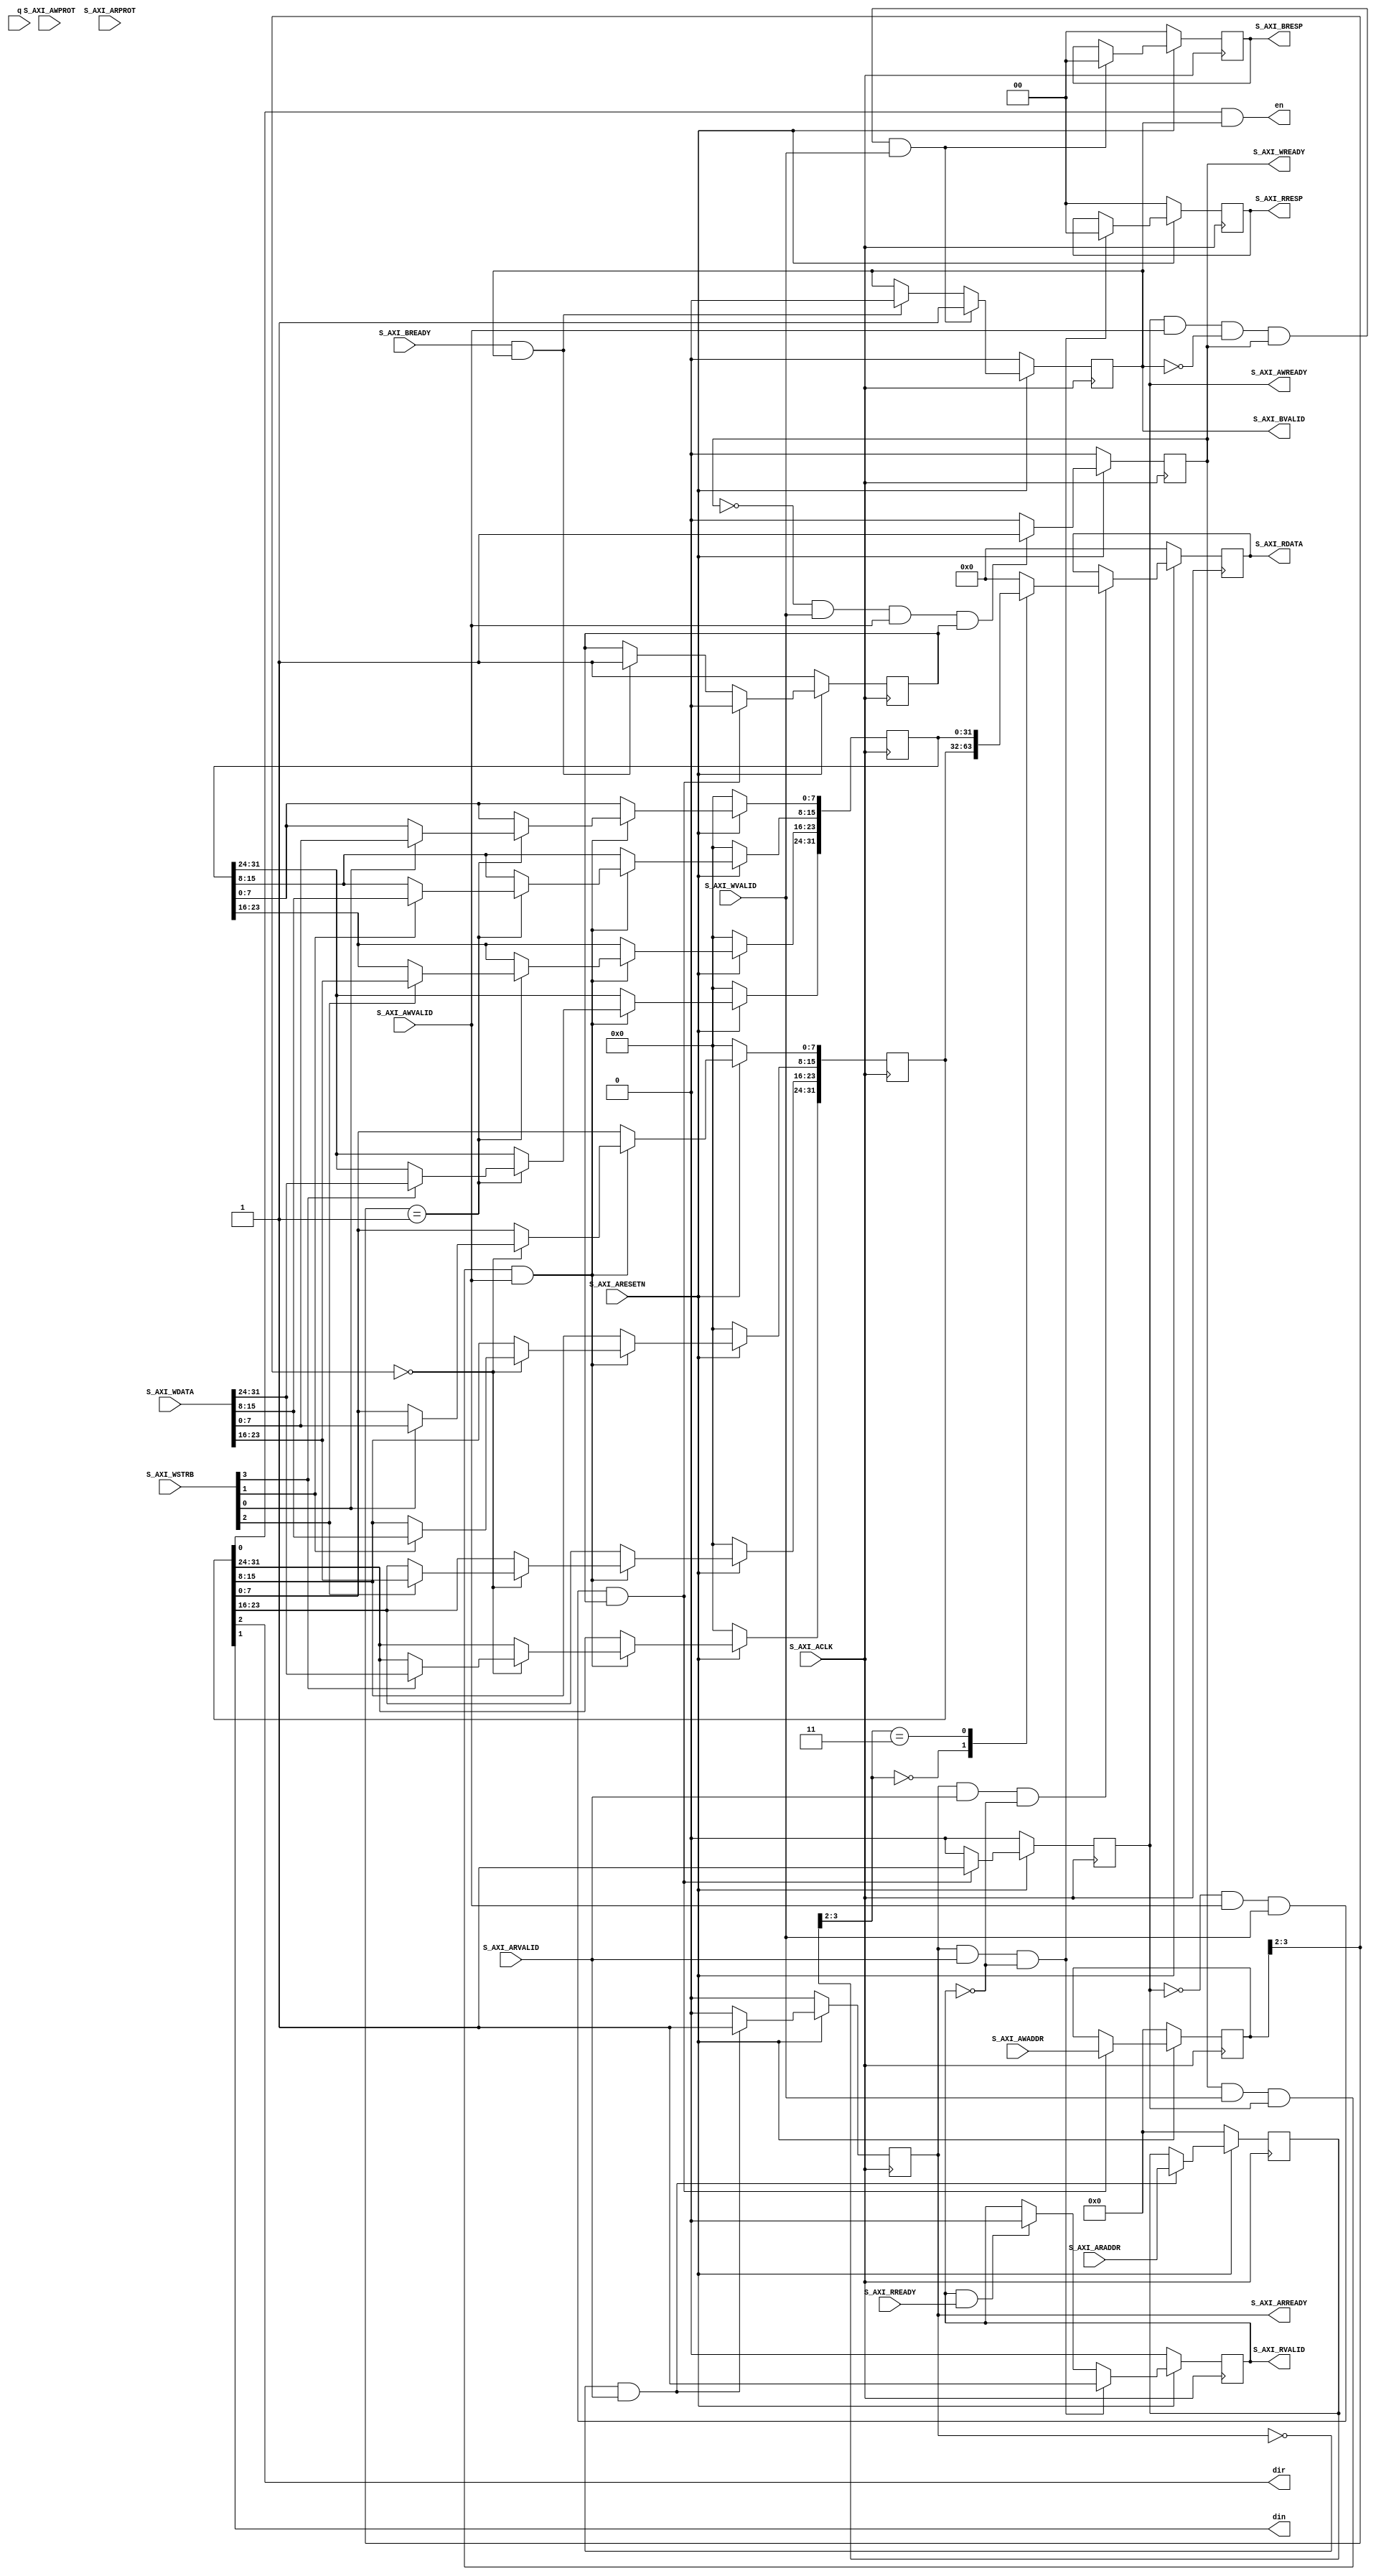
/* AXI-Lite to shift register adapter IP HDL code */
`timescale 1 ns / 1 ps

module axi_sr_v1_0_S00_AXI #
	(
		// Width of S_AXI data bus
		parameter integer C_S_AXI_DATA_WIDTH	= 32,
		// Width of S_AXI address bus
		parameter integer C_S_AXI_ADDR_WIDTH	= 4
	)
	(
		// Shift-reg ports
        input wire [4-1: 0] q,
        output wire dir, din, en,
		
		// AXI-Lite ports
        input  wire                                 S_AXI_ACLK,
		input  wire                                 S_AXI_ARESETN,
		input  wire [C_S_AXI_ADDR_WIDTH-1 : 0]      S_AXI_AWADDR,
		input  wire [2 : 0]                         S_AXI_AWPROT,
		input  wire                                 S_AXI_AWVALID,
		output wire                                 S_AXI_AWREADY,
		input  wire [C_S_AXI_DATA_WIDTH-1 : 0]      S_AXI_WDATA,
		input  wire [(C_S_AXI_DATA_WIDTH/8)-1 : 0]  S_AXI_WSTRB,
		input  wire                                 S_AXI_WVALID,
		output wire                                 S_AXI_WREADY,
		output wire [1 : 0]                         S_AXI_BRESP,
		output wire                                 S_AXI_BVALID,
		input  wire                                 S_AXI_BREADY,
		input  wire [C_S_AXI_ADDR_WIDTH-1 : 0]      S_AXI_ARADDR,
		input  wire [2 : 0]                         S_AXI_ARPROT,
		input  wire                                 S_AXI_ARVALID,
		output wire                                 S_AXI_ARREADY,
		output wire [C_S_AXI_DATA_WIDTH-1 : 0]      S_AXI_RDATA,
		output wire [1 : 0]                         S_AXI_RRESP,
		output wire                                 S_AXI_RVALID,
		input  wire                                 S_AXI_RREADY
	);

	// AXI-LITE signals
	reg [C_S_AXI_ADDR_WIDTH-1 : 0] 	axi_awaddr;
	reg  	                        axi_awready;
	reg  	                        axi_wready;
	reg [1 : 0] 	                axi_bresp;
	reg  	                        axi_bvalid;
	reg [C_S_AXI_ADDR_WIDTH-1 : 0] 	axi_araddr;
	reg  	                        axi_arready;
	reg [C_S_AXI_DATA_WIDTH-1 : 0] 	axi_rdata;
	reg [1 : 0] 	                axi_rresp;
	reg  	                        axi_rvalid;

	// Localparam for addrress decoding
	localparam integer ADDR_LSB = (C_S_AXI_DATA_WIDTH/32) + 1;
	localparam integer OPT_MEM_ADDR_BITS = 1;

	//----------------------------------------------
	//-- Signals for register space
	//------------------------------------------------
	reg [C_S_AXI_DATA_WIDTH-1:0]	slv_reg_ctrl; // CTRL
	reg [C_S_AXI_DATA_WIDTH-1:0]	slv_reg_state; // STATE
	wire	                        slv_reg_rden;
	wire	                        slv_reg_wren;
	reg [C_S_AXI_DATA_WIDTH-1:0]	reg_data_out;
	integer	                        byte_index;
	reg	                            aw_en;

	// I/O ports assignment
	assign S_AXI_AWREADY = axi_awready;
	assign S_AXI_WREADY	 = axi_wready;
	assign S_AXI_BRESP	 = axi_bresp;
	assign S_AXI_BVALID	 = axi_bvalid;
	assign S_AXI_ARREADY = axi_arready;
	assign S_AXI_RDATA	 = axi_rdata;
	assign S_AXI_RRESP	 = axi_rresp;
	assign S_AXI_RVALID	 = axi_rvalid;

	// Implement axi_awready generation
	always @( posedge S_AXI_ACLK )
	begin
	  if ( S_AXI_ARESETN == 1'b0 )
	    begin
	      axi_awready <= 1'b0;
	      aw_en <= 1'b1;
	    end 
	  else
	    begin    
	      if (~axi_awready && S_AXI_AWVALID && S_AXI_WVALID && aw_en)
	        begin
	          axi_awready <= 1'b1;
	          aw_en <= 1'b0;
	        end
	        else if (S_AXI_BREADY && axi_bvalid)
	            begin
	              aw_en <= 1'b1;
	              axi_awready <= 1'b0;
	            end
	      else           
	        begin
	          axi_awready <= 1'b0;
	        end
	    end 
	end       

	// Implement axi_awaddr latch
	always @( posedge S_AXI_ACLK )
	begin
	  if ( S_AXI_ARESETN == 1'b0 )
	    begin
	      axi_awaddr <= 0;
	    end 
	  else
	    begin    
	      if (~axi_awready && S_AXI_AWVALID && S_AXI_WVALID && aw_en)
	        begin
	          // Write Address latching 
	          axi_awaddr <= S_AXI_AWADDR;
	        end
	    end 
	end       

	// Implement axi_wready generation
	always @( posedge S_AXI_ACLK )
	begin
	  if ( S_AXI_ARESETN == 1'b0 )
	    begin
	      axi_wready <= 1'b0;
	    end 
	  else
	    begin    
	      if (~axi_wready && S_AXI_WVALID && S_AXI_AWVALID && aw_en )
	        begin
	          axi_wready <= 1'b1;
	        end
	      else
	        begin
	          axi_wready <= 1'b0;
	        end
	    end 
	end       

	// Implement memory mapped register select and write logic generation
	assign slv_reg_wren = axi_wready && S_AXI_WVALID && axi_awready && S_AXI_AWVALID;

	always @( posedge S_AXI_ACLK )
	begin
	  if ( S_AXI_ARESETN == 1'b0 )
	    begin
	      slv_reg_ctrl <= 0;
	      slv_reg_state <= 0;
	    end 
	  else begin
	    if ( slv_reg_wren )
	      begin
	        case ( axi_awaddr[ADDR_LSB+OPT_MEM_ADDR_BITS:ADDR_LSB] )
	          2'h0:
	            for ( byte_index = 0; byte_index <= (C_S_AXI_DATA_WIDTH/8)-1; byte_index = byte_index+1 )
	              if ( S_AXI_WSTRB[byte_index] == 1 ) begin
	                // Respective byte enables are asserted as per write strobes 
	                // CNTRL register
	                slv_reg_ctrl[(byte_index*8) +: 8] <= S_AXI_WDATA[(byte_index*8) +: 8];
	              end  
	          2'h1:
	            for ( byte_index = 0; byte_index <= (C_S_AXI_DATA_WIDTH/8)-1; byte_index = byte_index+1 )
	              if ( S_AXI_WSTRB[byte_index] == 1 ) begin
	                // Respective byte enables are asserted as per write strobes 
	                // STATE register
	                slv_reg_state[(byte_index*8) +: 8] <= S_AXI_WDATA[(byte_index*8) +: 8];
	              end  
	          default : begin
	                      slv_reg_ctrl <= slv_reg_ctrl;
	                      slv_reg_state <= slv_reg_state;
	                    end
	        endcase
	      end
	  end
	end    

	// Implement write response logic generation
	always @( posedge S_AXI_ACLK )
	begin
	  if ( S_AXI_ARESETN == 1'b0 )
	    begin
	      axi_bvalid  <= 0;
	      axi_bresp   <= 2'b0;
	    end 
	  else
	    begin    
	      if (axi_awready && S_AXI_AWVALID && ~axi_bvalid && axi_wready && S_AXI_WVALID)
	        begin
	          // indicates a valid write response is available
	          axi_bvalid <= 1'b1;
	          axi_bresp  <= 2'b0; // 'OKAY' response 
	        end                   
	      else
	        begin
	          if (S_AXI_BREADY && axi_bvalid) 
	            //check if bready is asserted while bvalid is high) 
	            begin
	              axi_bvalid <= 1'b0; 
	            end  
	        end
	    end
	end   

	// Implement axi_arready generation
	always @( posedge S_AXI_ACLK )
	begin
	  if ( S_AXI_ARESETN == 1'b0 )
	    begin
	      axi_arready <= 1'b0;
	      axi_araddr  <= 32'b0;
	    end 
	  else
	    begin    
	      if (~axi_arready && S_AXI_ARVALID)
	        begin
	          // indicates that the slave has acceped the valid read address
	          axi_arready <= 1'b1;
	          // Read address latching
	          axi_araddr  <= S_AXI_ARADDR;
	        end
	      else
	        begin
	          axi_arready <= 1'b0;
	        end
	    end 
	end       

	// Implement axi_arvalid generation
	always @( posedge S_AXI_ACLK )
	begin
	  if ( S_AXI_ARESETN == 1'b0 )
	    begin
	      axi_rvalid <= 0;
	      axi_rresp  <= 0;
	    end 
	  else
	    begin    
	      if (axi_arready && S_AXI_ARVALID && ~axi_rvalid)
	        begin
	          // Valid read data is available at the read data bus
	          axi_rvalid <= 1'b1;
	          axi_rresp  <= 2'b0; // 'OKAY' response
	        end   
	      else if (axi_rvalid && S_AXI_RREADY)
	        begin
	          // Read data is accepted by the master
	          axi_rvalid <= 1'b0;
	        end                
	    end
	end    

	// Implement memory mapped register select and read logic generation
	assign slv_reg_rden = axi_arready & S_AXI_ARVALID & ~axi_rvalid;
	always @(*)
	begin
	      // Address decoding for reading registers
	      case ( axi_araddr[ADDR_LSB+OPT_MEM_ADDR_BITS:ADDR_LSB] )
	        2'h0    : reg_data_out <= slv_reg_ctrl;
	        2'h3    : reg_data_out <= slv_reg_state;
	        default : reg_data_out <= 0;
	      endcase
	end

	// Output register or memory read data
	always @( posedge S_AXI_ACLK )
	begin
	  if ( S_AXI_ARESETN == 1'b0 )
	    begin
	      axi_rdata  <= 0;
	    end 
	  else
	    begin    
      if (slv_reg_rden)
	        begin
	          axi_rdata <= reg_data_out;     // register read data
	        end   
	    end
	end    

	//----------------------------------------------
	//-- Shift register control signal generation
	//------------------------------------------------
	assign {dir, din} = slv_reg_ctrl[3-1: 1];
	assign en = slv_reg_ctrl[0] & axi_bvalid;
	
    always @(*)
    begin
        slv_reg_state[4-1: 0] = q;
    end

endmodule